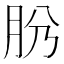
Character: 𦙕